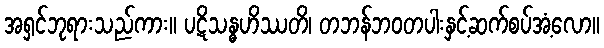
အရှင်ဘုရားသည်ကား။ ပဋိသန္ဓဟိဿတိ၊ တဘန်ဘဝတပါးနှင့်ဆက်စပ်အံ့လော။